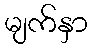
မျက်နှာ